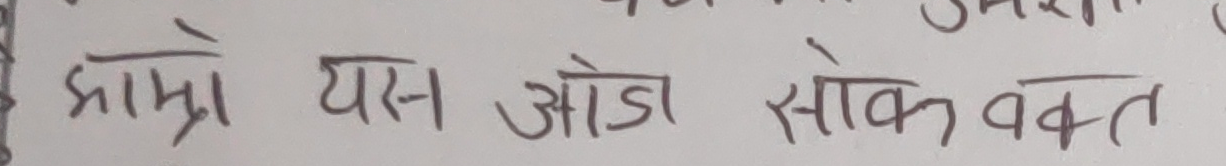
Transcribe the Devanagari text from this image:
हाम्रो यस जोड सोक वक्त